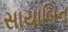
સાયાબિન